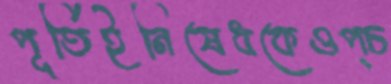
পূর্তিইনিষেধকেওপ্‌চ